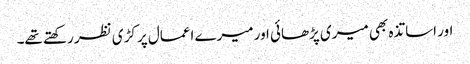
اور اساتذہ بھی میری پڑھائی اور میرے اعمال پر کڑی نظر رکھتے تھے۔